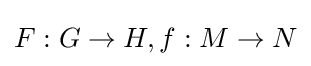
F:G\to H,f:M\to N